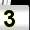
Digit: 3